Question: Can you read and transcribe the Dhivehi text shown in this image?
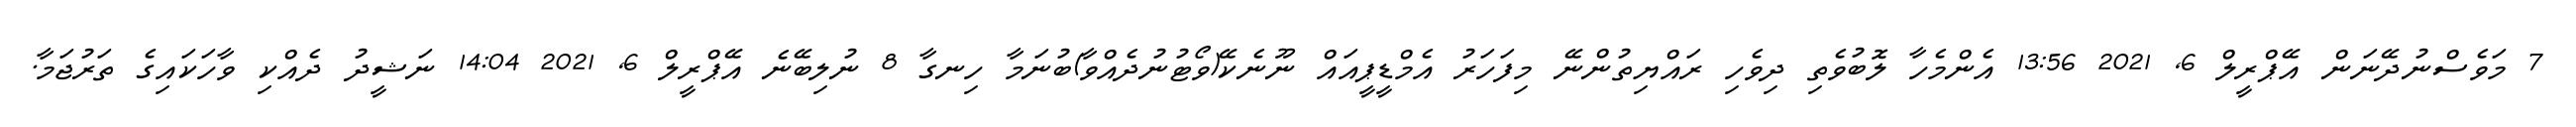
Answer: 7 މަވެސްނުދޭނަން އޭޕްރީލް 6, 2021 13:56 އެންމެހާ ލޮބުވެތި ދިވެހި ރައްޔިތުންނޭ މިފަހަރު އެމްޑީޕީއައް ނޫނެކޭ(ވޯޓުނުދެއްވާ)ބުނަމާ ހިނގާ 8 ނުލިބޭނެ އޭޕްރީލް 6, 2021 14:04 ނަޝީދު ދެއްކި ވާހަކައިގެ ތަރުޖަމާ.